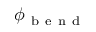
\phi _ { \mathrm { ~ b ~ e ~ n ~ d ~ } }